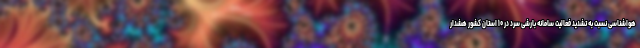
هواشناسی نسبت به تشدید فعالیت سامانه بارشی سرد در ۱۰ استان کشور هشدار